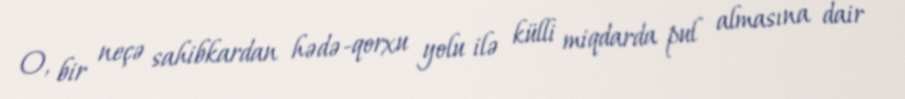
O, bir neçə sahibkardan hədə-qorxu yolu ilə külli miqdarda pul almasına dair